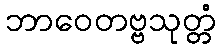
ဘာဝေတဗ္ဗသုတ္တံ